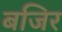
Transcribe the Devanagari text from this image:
बजिर